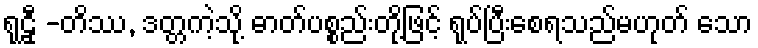
ရုဠှီ -တိဿ, ဒတ္တကဲ့သို့ ဓာတ်ပစ္စည်းတို့ဖြင့် ရုပ်ပြီးစေရသည်မဟုတ် သော